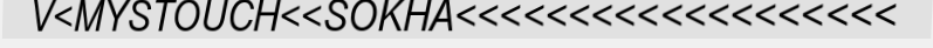
V<MYSTOUCH<<SOKHA<<<<<<<<<<<<<<<<<<<